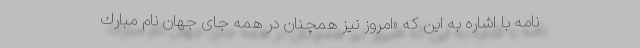
نامه با اشاره به این كه «امروز نیز همچنان در همه جای جهان نام مبارك